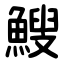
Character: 䱸